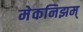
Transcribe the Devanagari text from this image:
मेकनिझम्